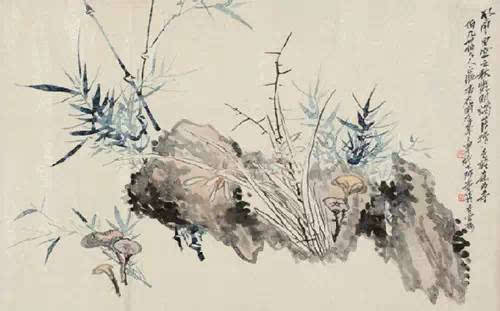
风萧萧而异响，云漫漫而奇色。